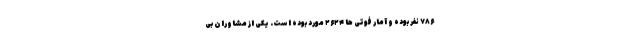
۷۸۶ نفر بوده و آمار فوتی ها ۲۶۲۴ مورد بوده است. یکی از مشاوران بی